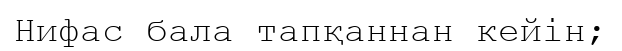
Нифас бала тапқаннан кейін;